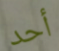
أحد